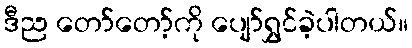
ဒီည တော်တော့်ကို ပျော်ရွှင်ခဲ့ပါတယ်။